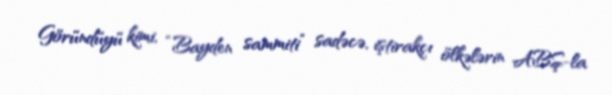
Göründüyü kimi, “Bayden sammiti” sadəcə, iştirakçı ölkələrin ABŞ-la